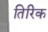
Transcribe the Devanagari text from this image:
तिरिक